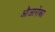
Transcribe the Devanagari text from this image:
औजारोंका